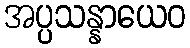
အပ္ပသန္နာယေဝ